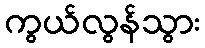
ကွယ်လွန်သွား